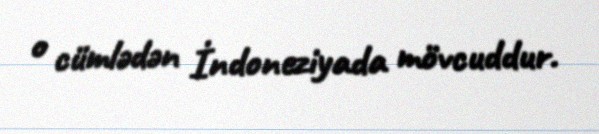
o cümlədən İndoneziyada mövcuddur.